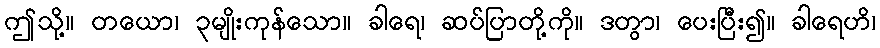
ဤသို့။ တယော၊ ၃မျိုးကုန်သော။ ခါရေ၊ ဆပ်ပြာတို့ကို။ ဒတွာ၊ ပေးပြီး၍။ ခါရေဟိ၊